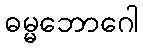
ဓမ္မဘောဂေါ